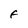
Character: F